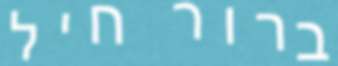
ברור חיל